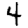
Digit: 4